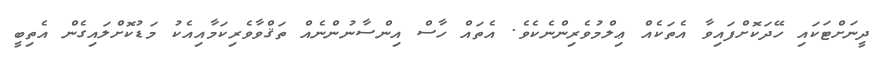
ދީނަށްޓަކައި ހޭދަކޮށްފައިވާ އެތަކެއް ޢިލްމުވެރިންނެކެވެ. އެތައް ހާސް އިންސާނުންނެއް ތަޤްވާވެރިކަމާއިއެކު މަޑުކޮށްލައިގެން އެތިބީ